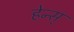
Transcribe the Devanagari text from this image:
हेन्स्